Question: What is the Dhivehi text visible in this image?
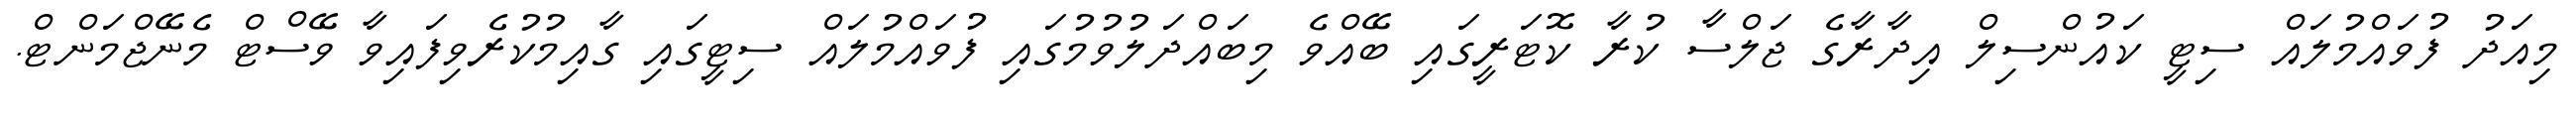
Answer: މިއަދު ފުވައްމުލައް ސިޓީ ކައުންސިލް އިދާރާގެ ޖަލްސާ ކުރާ ކޮޓަރީގައި ބޭއްވެ މިބައްދަލުވުމުގައި ފުވައްމުލައް ސިޓީގައި ގާއިމުކުރެވިފައިވާ ވޭސްޓް މެނޭޖްމަންޓް.